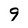
Character: 9